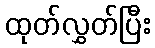
ထုတ်လွှတ်ပြီး